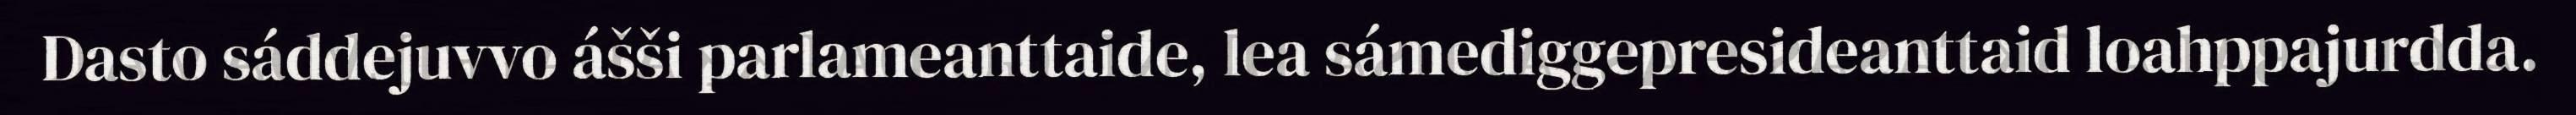
Dasto sáddejuvvo ášši parlameanttaide, lea sámediggepresideanttaid loahppajurdda.